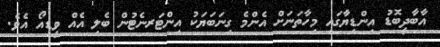
އާބާދީބޮޑު އިންޑިޔާގައި މިހާތަނަށް އެންމެ ގިނަބަޔަކު އިންޓަރނެޓުން ބެލި އެއް ވީޑިއޯ އެވެ.